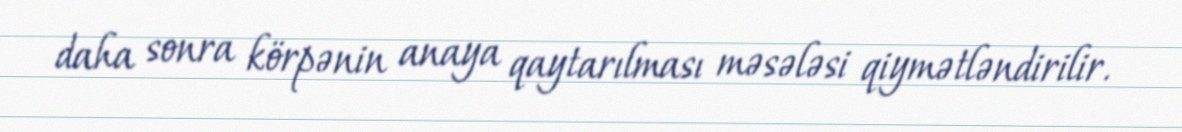
daha sonra körpənin anaya qaytarılması məsələsi qiymətləndirilir.